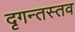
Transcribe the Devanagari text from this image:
दृगन्तस्तव